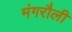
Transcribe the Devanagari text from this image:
मंगरौली